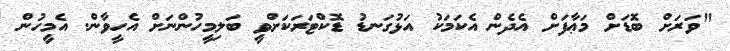
"ވަރަށް ބޮޑަށް މަޢާފަށް އެދެން އެކަމަކު އަޅުގަނޑު ޑޮކްޓަރަކަށްވީ ބަލިމީހުންނަށް އެހީވާން. އެމީހުން